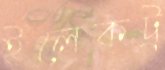
ইলেকট্র